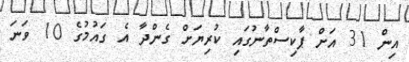
އިން 31 އަށް ޕާކިސްތާނުގައި ކުރިޔަށް ގެންދާ އެ ގައުމުގެ 10 ވަނަ